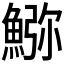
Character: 𩸹